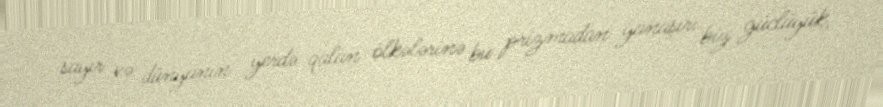
sayır və dünyanın yerdə qalan ölkələrinə bu prizmadan yanaşır: biz güclüyük,